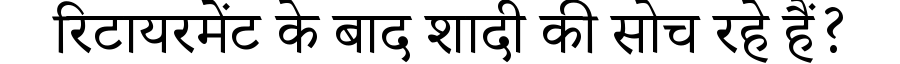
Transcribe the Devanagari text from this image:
रिटायरमेंट के बाद शादी की सोच रहे हैं?